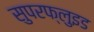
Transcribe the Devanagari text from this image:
सुपरफ्लुइड